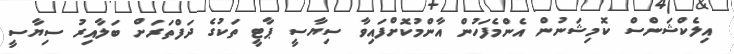
އިލެކްޝަންސް ކޮމިޝަނުން އެންމެފަހުން އާންމުކޮށްފައިވާ ސިޔާސީ ޕާޓީ ތަކުގެ ދަފްތަރަށް ބަލާއިރު ސިޔާސީ